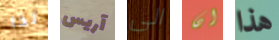
لذا آريس الى ان هذا